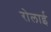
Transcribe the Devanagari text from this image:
रोलाई